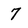
Character: 7